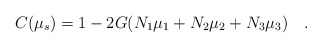
\begin{align*}C(\mu_s)=1-2G(N_1\mu_1+N_2\mu_2+N_3\mu_3)~~~.\end{align*}